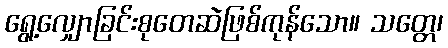
ရွေ့လျှောခြင်းစုတေဆဲဖြစ်ကုန်သော။ သတ္တေ၊